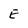
Character: E